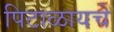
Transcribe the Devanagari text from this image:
पिटाळायचे